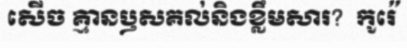
សើច គ្មានឫសគល់និងខ្លឹមសារ?  កូរ៉េ